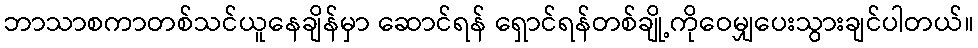
ဘာသာစကာတစ်သင်ယူနေချိန်မှာ ဆောင်ရန် ရှောင်ရန်တစ်ချို့ကိုဝေမျှပေးသွားချင်ပါတယ်။